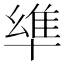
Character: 𠦼